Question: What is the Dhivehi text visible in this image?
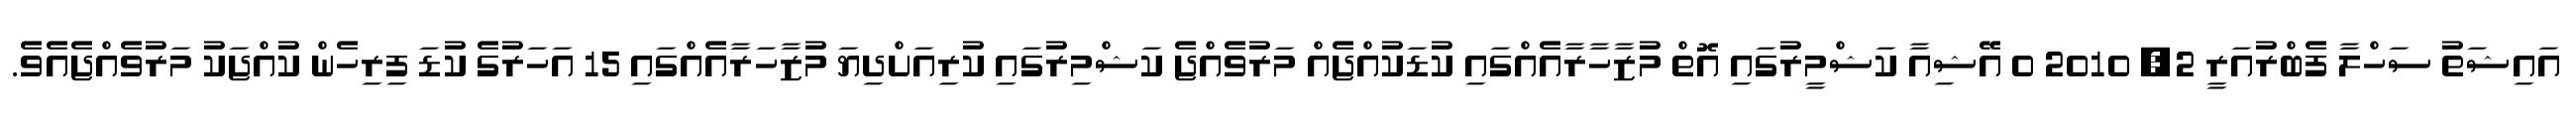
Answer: އައިޝަތު ސަހްލާ ފެބްރުއަރީ 2, 2010 0 އޭޝިއާ ކަޝްމީރުގައި އޮތް މުޒާހާރާއެއްގައި ކުޑަކުއްޖެއް މަރުވެއްޖެ ކަޝްމިރުގައި ކުރިއަށްދިޔަ މުޒާހަރާއެއްގައި 15 އަހަރުގެ ކުޑަ ފިރިހެން ކުއްޖަކު މަރުވެއްޖެއެވެ.